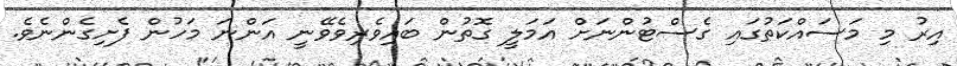
އިރު މި މަސައްކަތުގައި ގެސްޓުންނަށް އަމަލީ ގޮތުން ބައިވެރިވެވޭނީ އަންނަ މަހުން ފެށިގެންނެވެ.